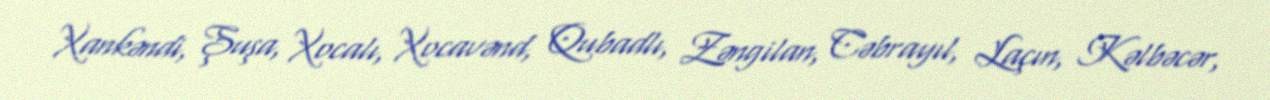
Xankəndi, Şuşa, Xocalı, Xocavənd, Qubadlı, Zəngilan, Cəbrayıl, Laçın, Kəlbəcər,